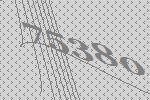
75380